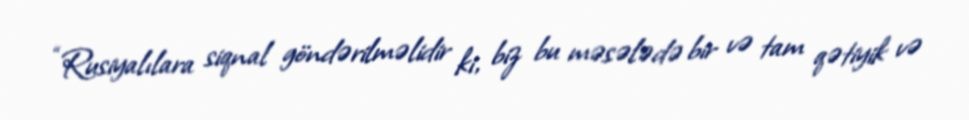
“Rusiyalılara siqnal göndərilməlidir ki, biz bu məsələdə bir və tam qətiyik və